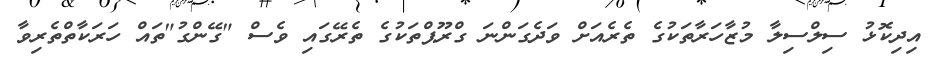
އިދިކޮޅު ސިލްސިލާ މުޒާހަރާތަކުގެ ތެރެއަށް ވަދެގަންނަ ގްރޫޕްތަކުގެ ތެރޭގައި ވެސް "ގޭންގު"ތައް ހަރަކާތްތެރިވާ